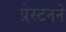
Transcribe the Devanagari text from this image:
प्रेस्टनने